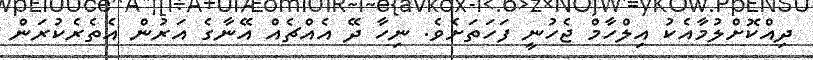
ދިއްކޮށްލުމާއެކު އިލްހާމް ޖެހުނީ ފަހަތަށެވެ. ނިހާ ދޭ އެއްޗެއް އޭނާގެ އަރުން އެތެރެކުރަން